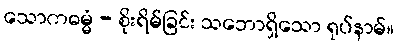
သောကဓမ္မံ - စိုးရိမ်ခြင်း သဘောရှိသော ရုပ်နာမ်။